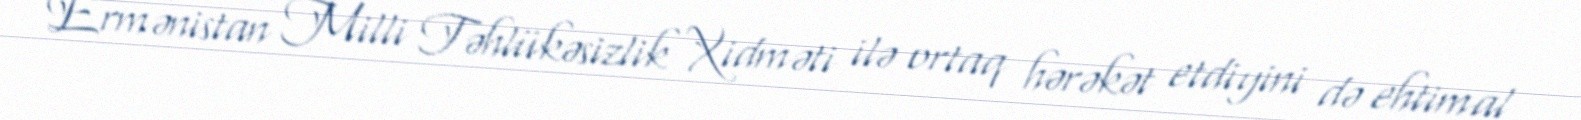
Ermənistan Milli Təhlükəsizlik Xidməti ilə ortaq hərəkət etdiyini də ehtimal